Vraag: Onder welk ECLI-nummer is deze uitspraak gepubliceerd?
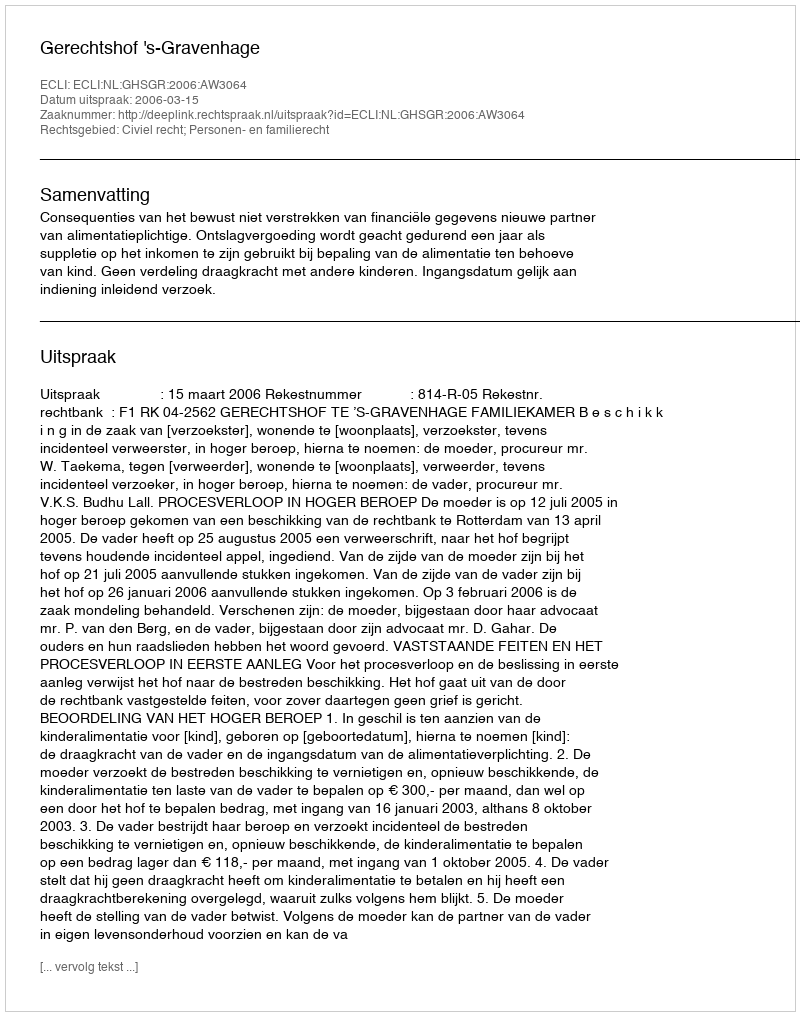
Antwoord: ECLI:NL:GHSGR:2006:AW3064